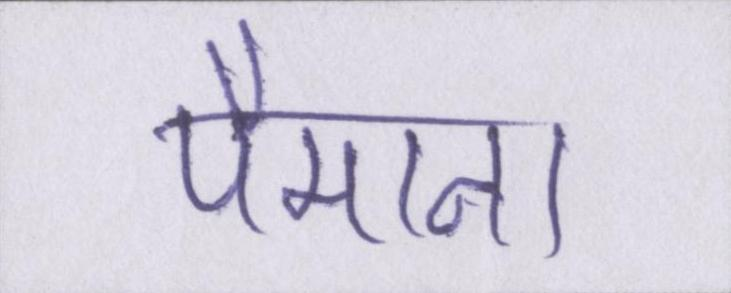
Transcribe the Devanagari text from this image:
पैमाना